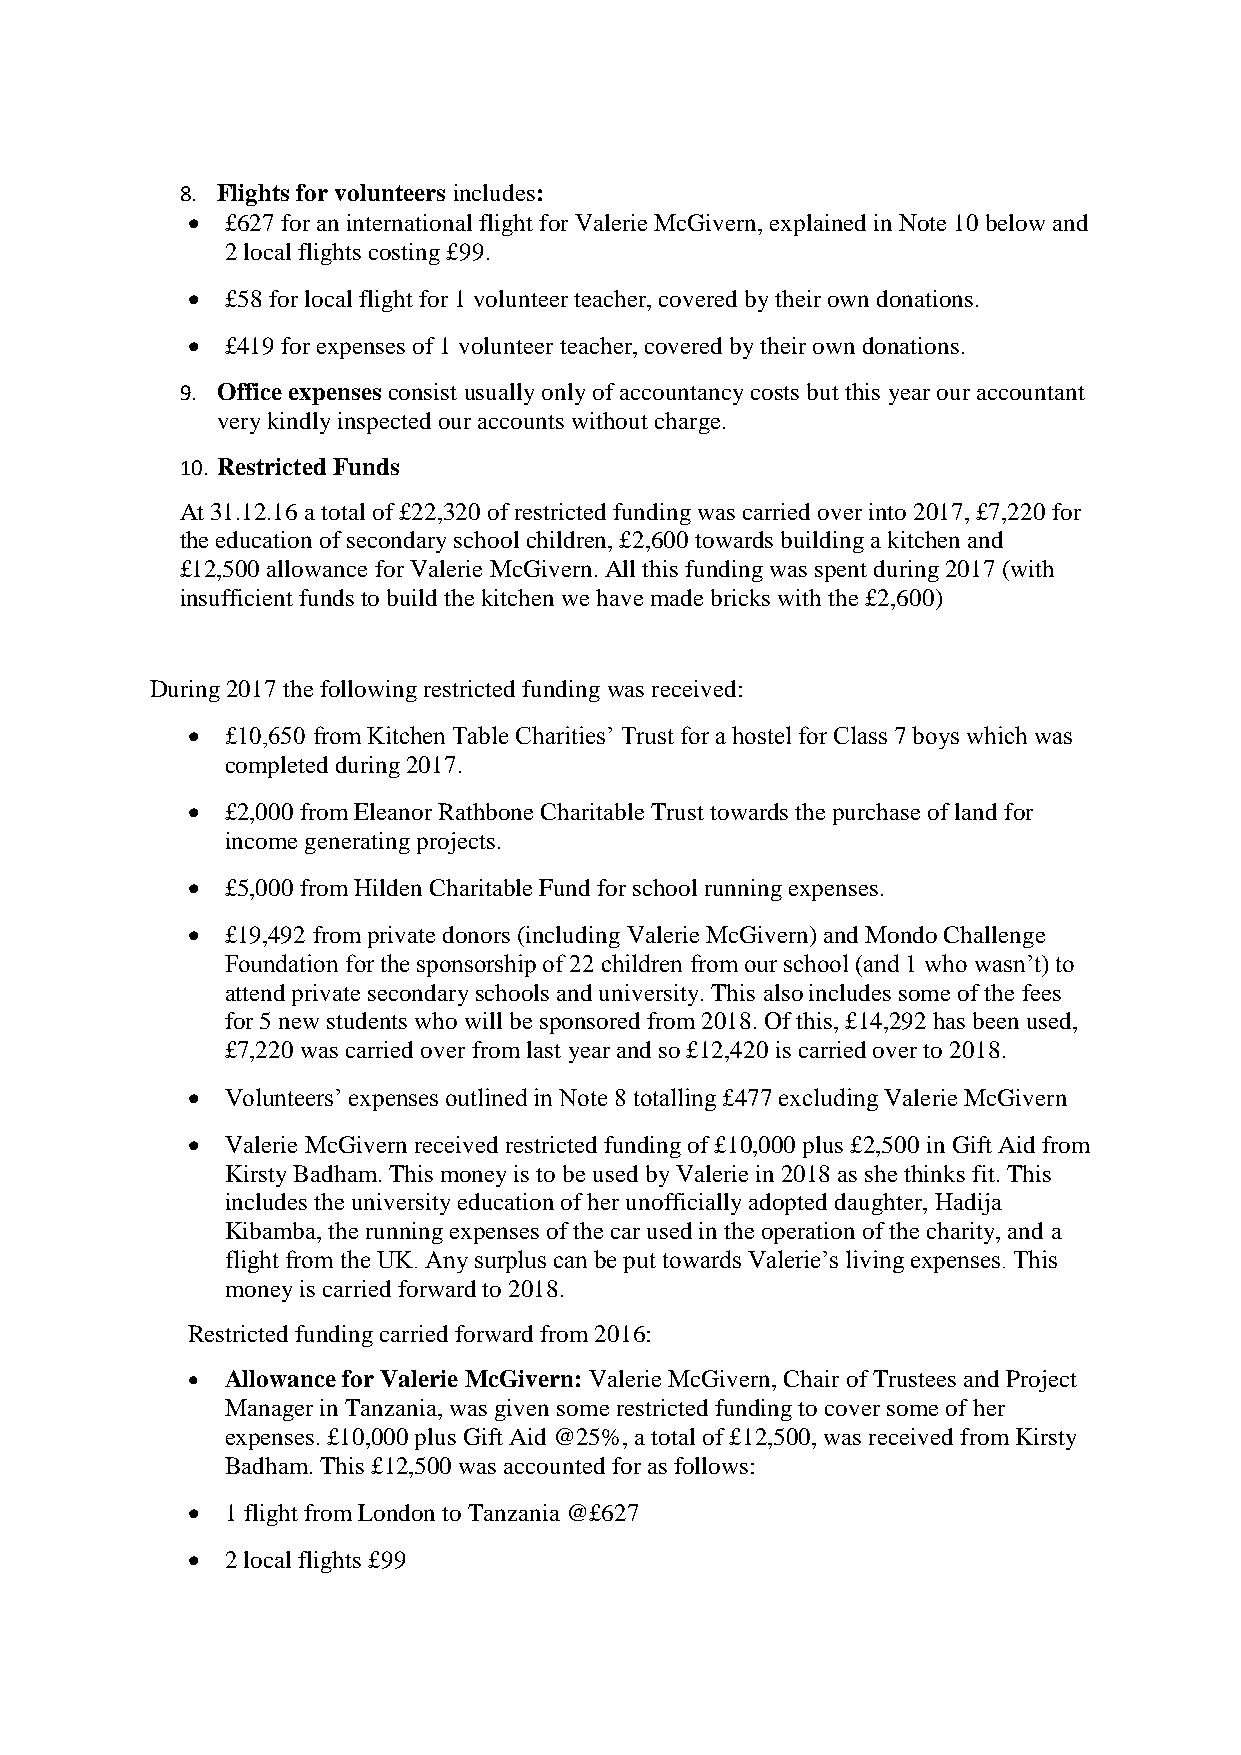
8. Flights for volunteers includes:
   £627 for an international flight for Valerie McGivern, explained in Note 10 below and
 2 local flights costing £99.
   £58 for local flight for 1 volunteer teacher, covered by their own donations.
   £419 for expenses of 1 volunteer teacher, covered by their own donations.
 9. Office expenses consist usually only of accountancy costs but this year our accountant
 very kindly inspected our accounts without charge.
 10. Restricted Funds
 At 31.12.16 a total of £22,320 of restricted funding was carried over into 2017, £7,220 for
 the education of secondary school children, £2,600 towards building a kitchen and
 £12,500 allowance for Valerie McGivern. All this funding was spent during 2017 (with
 insufficient funds to build the kitchen we have made bricks with the £2,600)
 During 2017 the following restricted funding was received:
   £10,650 from Kitchen Table Charities’ Trust for a hostel for Class 7 boys which was
 completed during 2017.
   £2,000 from Eleanor Rathbone Charitable Trust towards the purchase of land for
 income generating projects.
   £5,000 from Hilden Charitable Fund for school running expenses.
   £19,492 from private donors (including Valerie McGivern) and Mondo Challenge
 Foundation for the sponsorship of 22 children from our school (and 1 who wasn’t) to
 attend private secondary schools and university. This also includes some of the fees
 for 5 new students who will be sponsored from 2018. Of this, £14,292 has been used,
 £7,220 was carried over from last year and so £12,420 is carried over to 2018.
   Volunteers’ expenses outlined in Note 8 totalling £477 excluding Valerie McGivern
   Valerie McGivern received restricted funding of £10,000 plus £2,500 in Gift Aid from
 Kirsty Badham. This money is to be used by Valerie in 2018 as she thinks fit. This
 includes the university education of her unofficially adopted daughter, Hadija
 Kibamba, the running expenses of the car used in the operation of the charity, and a
 flight from the UK. Any surplus can be put towards Valerie’s living expenses. This
 money is carried forward to 2018.
 Restricted funding carried forward from 2016:
   Allowance for Valerie McGivern: Valerie McGivern, Chair of Trustees and Project
 Manager in Tanzania, was given some restricted funding to cover some of her
 expenses. £10,000 plus Gift Aid @25%, a total of £12,500, was received from Kirsty
 Badham. This £12,500 was accounted for as follows:
   1 flight from London to Tanzania @£627
   2 local flights £99